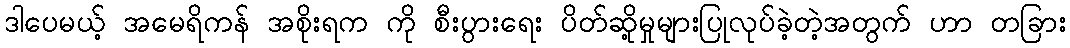
ဒါပေမယ့် အမေရိကန် အစိုးရက ကို စီးပွားရေး ပိတ်ဆို့မှုများပြုလုပ်ခဲ့တဲ့အတွက် ဟာ တခြား